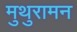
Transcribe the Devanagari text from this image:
मुथुरामन